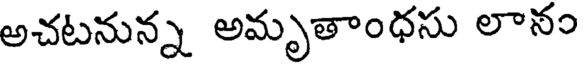
అచటనున్న అమృతాంధసు లానం